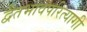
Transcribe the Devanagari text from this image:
द्वैतभावपरित्यागी